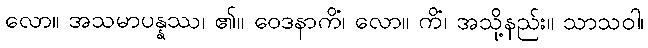
လော။ အသမာပန္နဿ၊ ၏။ ဝေဒနာကိံ၊ လော။ ကိံ၊ အသို့နည်း။ သာသဝါ၊